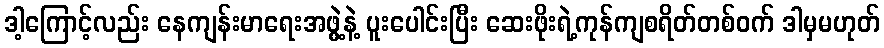
ဒါ့ကြောင့်လည်း နေကျန်းမာရေးအဖွဲ့နဲ့ ပူးပေါင်းပြီး ဆေးဖိုးရဲ့ကုန်ကျစရိတ်တစ်ဝက် ဒါမှမဟုတ်